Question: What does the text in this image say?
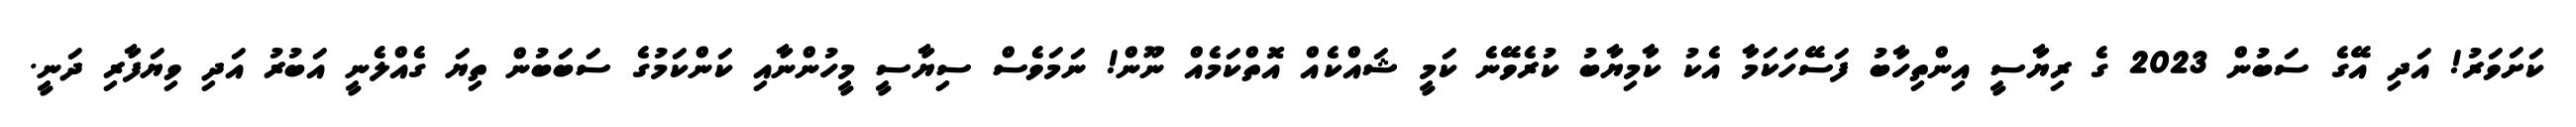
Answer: ކަށަވަރު! އަދި އޭގެ ސަބުން 2023 ގެ ރިޔާސީ އިންތިހާބު ފަސޭހަކަމާ އެކު ކާމިޔާބު ކުރެވޭނެ ކަމީ ޝައްކެއް އޮތްކަމެއް ނޫން! ނަމަވެސް ސިޔާސީ މީހުންނާއި ކަންކަމުގެ ސަބަބުން ތިޔަ ގެއްލެނީ އަބުރު އަދި ވިޔަފާރި ދަނީ.